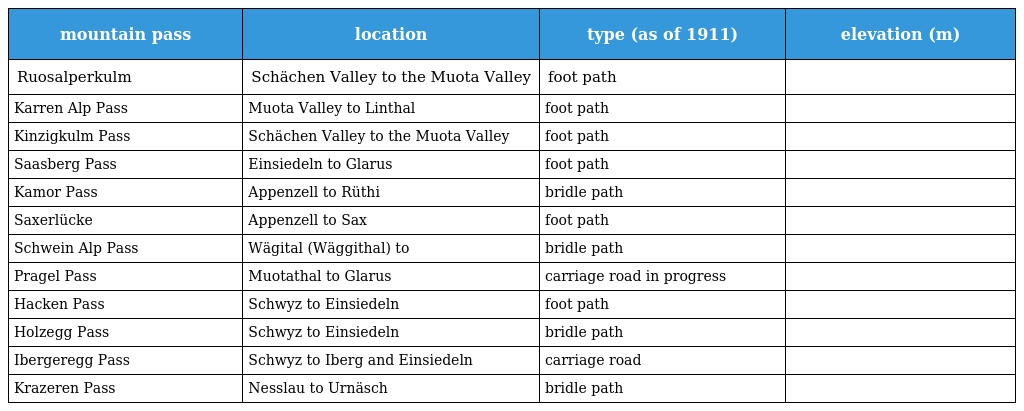
| mountain pass | location | type (as of 1911) | elevation (m) |
 | --- | --- | --- | --- |
 | Ruosalperkulm | Schächen Valley to the Muota Valley | foot path |  |
 | Karren Alp Pass | Muota Valley to Linthal | foot path |  |
 | Kinzigkulm Pass | Schächen Valley to the Muota Valley | foot path |  |
 | Saasberg Pass | Einsiedeln to Glarus | foot path |  |
 | Kamor Pass | Appenzell to Rüthi | bridle path |  |
 | Saxerlücke | Appenzell to Sax | foot path |  |
 | Schwein Alp Pass | Wägital (Wäggithal) to | bridle path |  |
 | Pragel Pass | Muotathal to Glarus | carriage road in progress |  |
 | Hacken Pass | Schwyz to Einsiedeln | foot path |  |
 | Holzegg Pass | Schwyz to Einsiedeln | bridle path |  |
 | Ibergeregg Pass | Schwyz to Iberg and Einsiedeln | carriage road |  |
 | Krazeren Pass | Nesslau to Urnäsch | bridle path |  |